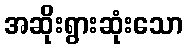
အဆိုးရွားဆုံးသော